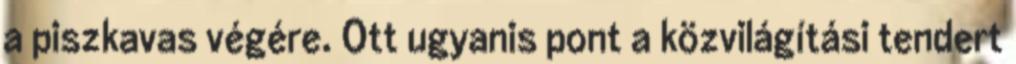
a piszkavas végére. Ott ugyanis pont a közvilágítási tendert